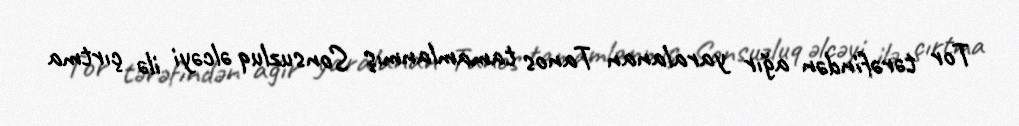
Tor tərəfindən ağır yaralanan Tanos tamamlanmış Sonsuzluq əlcəyi ilə çırtma